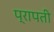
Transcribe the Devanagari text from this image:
प्रापती